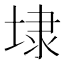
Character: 埭